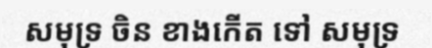
សមុទ្រ ចិន ខាងកើត ទៅ សមុទ្រ